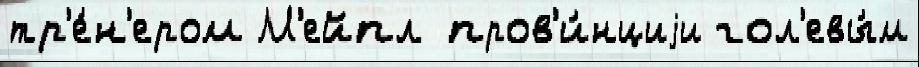
тр'е́н'ером М'ейпл пров'и́нциjи гол'евы́м